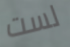
لست